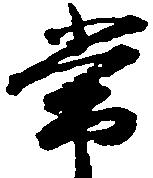
常